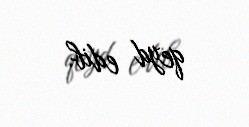
qeyd edib.